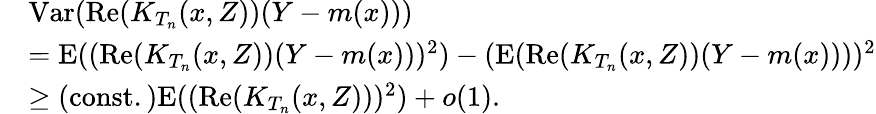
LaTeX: \begin{array}{rl}&{\mathrm{Var}(\mathrm{Re}(K_{T_{n}}(x,Z))(Y-m(x)))}\\ &{=\mathrm{E}((\mathrm{Re}(K_{T_{n}}(x,Z))(Y-m(x)))^{2})-(\mathrm{E}(\mathrm{Re}(K_{T_{n}}(x,Z))(Y-m(x))))^{2}}\\ &{\geq\mathrm{(const.)}\mathrm{E}((\mathrm{Re}(K_{T_{n}}(x,Z)))^{2})+o(1).}\end{array}